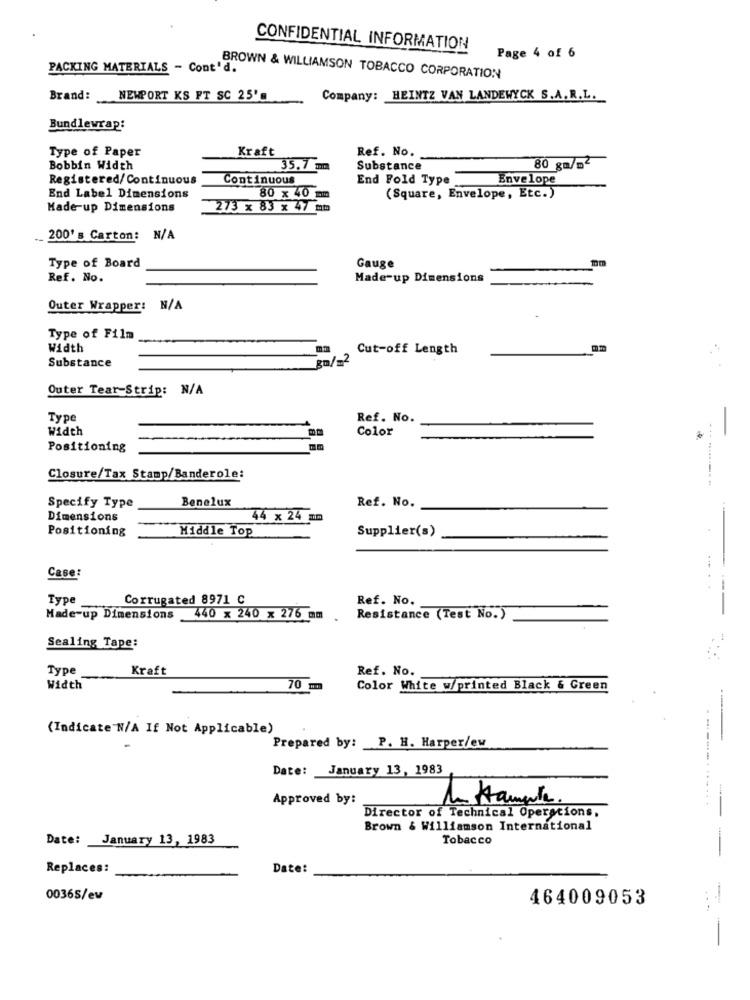
CONFIDENTIAL INFORMATION
Page 4 of 6
PACKING MATERIALS - Cont'd.
BROWN & WILLIAMSON TOBACCO CORPORATION
Brand:
NEWPORT KS FT SC 25's
Company: HEINTZ VAN LANDEWYCK S. A. R.L.
Bundlewrap:
Type of Paper
Kraft
Ref. No.
Bobbin Width
35.7 mm
Substance
80 gm/m2
Registered/ Continuous
Continuous
End Fold Type
Envelope
End Label Dimensions
80 x 40 mm
(Square, Envelope, Etc.)
Made-up Dimensions
273 x 83 x 47 mm
200's Carton: N/A
mm
Type of Board
Gauge
Ref. No.
Made-up Dimensions
Outer Wrapper:
Type of Film
Width
mm
Cut-off Length
8m/m2
Substance
Outer Tear-Strip: N/A
Type
Ref. No.
Width
Color
Positioning
Closure/Tax Stamp/Banderole:
Benelux
Ref. No.
Specify Type
Dimensions
44 x 24 mm
Positioning
Middle Top
Supplier(s)
Case:
Type
Corrugated 8971 C
Ref. No.
Made-up Dimensions
440 x 240 x 276 mm
Resistance (Test No.)
Sealing Tape:
Type
Kraft
Ref. No.
Width
70 mm
Color White w/printed Black & Green
(Indicate N/A If Not Applicable)
Prepared by: P. H. Harper/ew
Date: January 13, 1983
Approved by:
----.......
Director of Technical Operacions,
Brown & Williamson International
Date: January 13, 1983
Tobacco
----
Replaces:
Date:
00365/ev
464009053
...
--